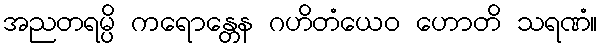
အညတရမ္ပိ ကရောန္တေန ဂဟိတံယေဝ ဟောတိ သရဏံ။